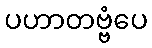
ပဟာတဗ္ဗံပေ